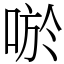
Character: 唹